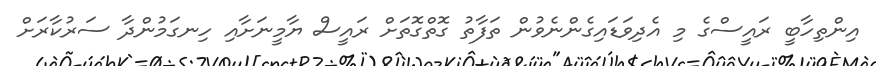
އިންތިހާބީ ރައީސްގެ މި އެދިވަޑައިގެންނެވުން ތަފާތު ގޮތްގޮތަށް ރައީސް ޔާމީނަށާއި ހިނގަމުންދާ ސަރުކާރަށް